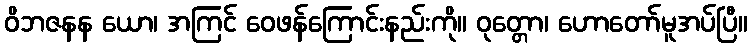
ဝိဘဇနန ယော၊ အကြင် ဝေဖန်ကြောင်းနည်းကို။ ဝုတ္တော၊ ဟောတော်မူအပ်ပြီ။